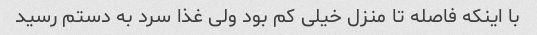
با اینکه فاصله تا منزل خیلی کم بود ولی غذا سرد به دستم رسید